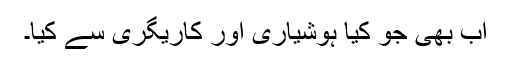
اب بھی جو کیا ہوشیاری اور کاریگری سے کیا۔